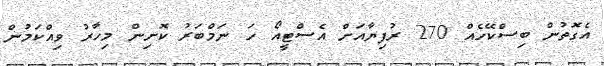
އެގޮތުން ބިސްކޭހެއް 270 ރުފިޔާއަށް އެސްޓީއޯ ހަ ނަމްބަރު ކޮށިން މިހާރު ވިއްކަމުން